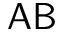
\mathsf { A B }